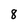
Character: 8